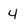
Character: 4